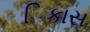
િકાસ